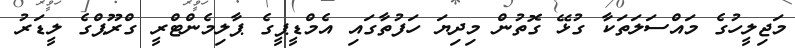
މަޖިލީހުގެ މައްސަލަތަކާ ގުޅޭ ގޮތުން މިދިޔަ ހަފުތާގައި އެމްޑީޕީގެ ޕާލިމެންޓްރީ ގްރޫޕްގެ ލީޑަރު